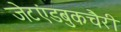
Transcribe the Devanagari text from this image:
जेटएंडबुकचैरी